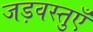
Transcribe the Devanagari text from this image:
जड़वस्तुएँ